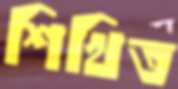
শিখিত